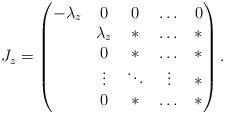
LaTeX: \begin{align*}J_z=\begin{pmatrix}-\lambda_z & 0 & 0 & \dots & 0\\* & \lambda_z & * & \dots & *\\* & 0 & * & \dots & *\\* & \vdots & \ddots & \vdots & *\\* & 0 & * & \dots & *\end{pmatrix}.\end{align*}